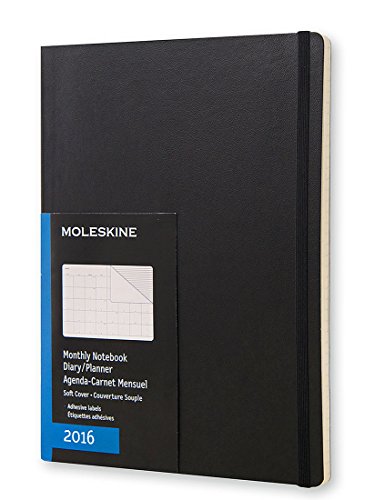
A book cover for Moleskine 2016 Monthly Notebook, 12M, Extra Large, Black, Soft Cover (7.5 x 10); Moleskine; Calendars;